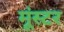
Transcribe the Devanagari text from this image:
मूंस्टर